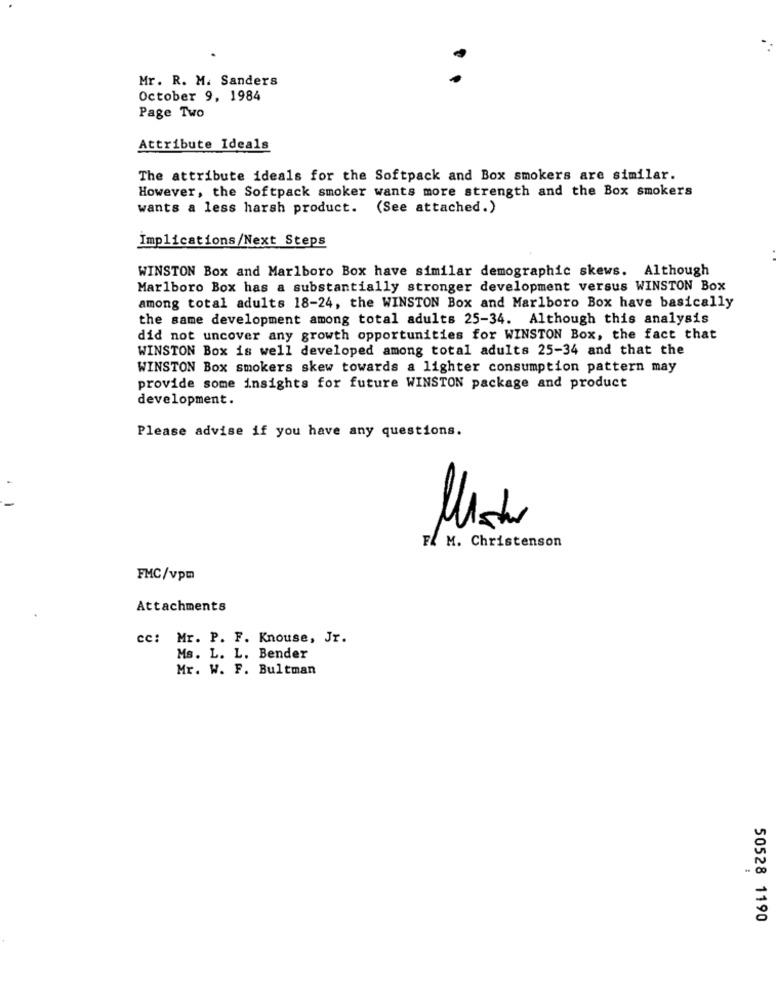
Mr. R. M. Sanders
October 9, 1984
Page Two
Attribute Ideals
The attribute ideals for the Softpack and Box smokers are similar.
However, the Softpack smoker wants more strength and the Box smokers
wants a less harsh product. (See attached.)
Implications/Next Steps
WINSTON Box and Marlboro Box have similar demographic skews. Although
Marlboro Box has a substantially stronger development versus WINSTON Box
among total adults 18-24, the WINSTON Box and Marlboro Box have basically
the same development among total adults 25-34. Although this analysis
did not uncover any growth opportunities for WINSTON Box, the fact that
WINSTON Box is well developed among total adults 25-34 and that the
WINSTON Box smokers skew towards a lighter consumption pattern may
provide some insights for future WINSTON package and product
development.
Please advise if you have any questions.
F. M. Christenson
FMC/vpm
Attachments
cc: Mr. P. F. Knouse, Jr.
Ms. L. L. Bender
Mr. W. F. Bultman
50528 1190